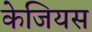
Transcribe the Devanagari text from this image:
केजियस